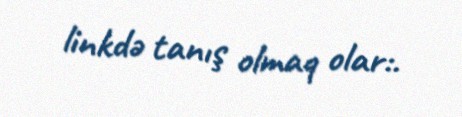
linkdə tanış olmaq olar:.